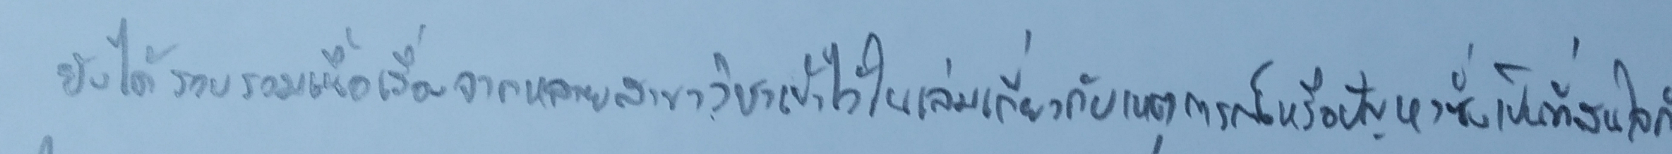
ยังได้รวบรวมเนื้อเรื่องจากหลายสาขาวิชาเข้าใว้ในเล่มเกี่ยวกับเหตุการณ์หรือปัญหาซึ่งเป็นที่สนใจกัน